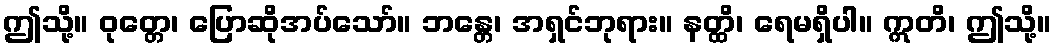
ဤသို့။ ဝုတ္တေ၊ ပြောဆိုအပ်သော်။ ဘန္တေ၊ အရှင်ဘုရား။ နတ္ထိ၊ ရေမရှိပါ။ ဣတိ၊ ဤသို့။